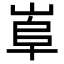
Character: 𡸠